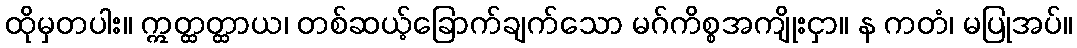
ထိုမှတပါး။ ဣတ္ထတ္ထာယ၊ တစ်ဆယ့်ခြောက်ချက်သော မဂ်ကိစ္စအကျိုးငှာ။ န ကတံ၊ မပြုအပ်။